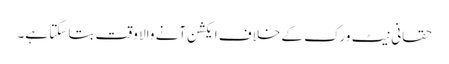
حقانی نیٹ ورک کے خلاف ایکشن آنے والا وقت بتا سکتا ہے۔